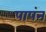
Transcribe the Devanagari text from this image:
पापंन